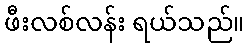
ဖီးလစ်လန်း ရယ်သည်။